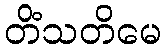
တိံသတိမေ